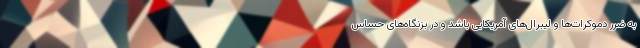
به ضرر دموکرات‌ها و لیبرال‌های آمریکایی باشد و در بزنگاه‌های حساس